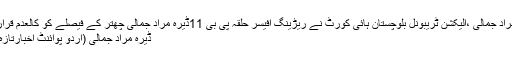
ڈیرہ مراد جمالی ،الیکشن ٹریبونل بلوچستان ہائی کورٹ نے ریڑینگ آفیسر حلقہ پی بی 11ڈیرہ مراد جمالی چھتر کے فیصلے کو کالعدم قرار دیدیا
ڈیرہ مراد جمالی (اُردو پوائنٹ اخبارتازہ ترین۔